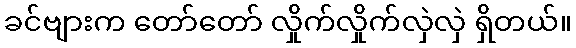
ခင်ဗျားက တော်တော် လှိုက်လှိုက်လှဲလှဲ ရှိတယ်။